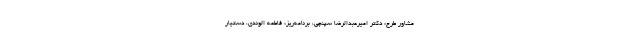
مشاور طرح: دکتر امیرعبدالرضا سپنچی، برنامه‌ریز: فاطمه الوندی، دستیار